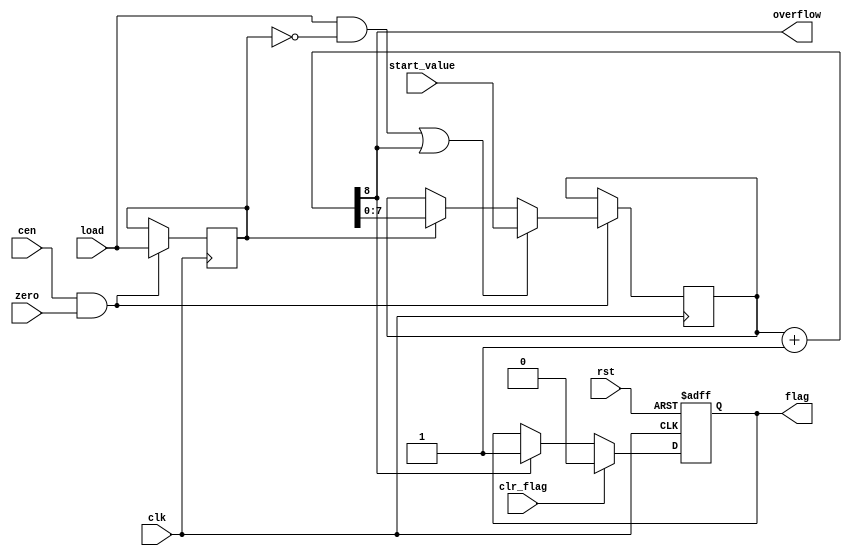
module jt51_timer_1 #(parameter
    CW      = 8, 
    FREE_EN = 0  
) (
    input   rst,
    input   clk,
    input   cen,
    input   zero,
    input   [CW-1:0] start_value,
    input   load,
    input   clr_flag,
    output reg flag,
    output reg overflow
);
reg          last_load;
reg [CW-1:0] cnt, next;
reg [   3:0] free_cnt, free_next;
reg          free_ov;
always@(posedge clk, posedge rst)
    if( rst )
        flag <= 1'b0;
    else  begin
        if( clr_flag )
            flag <= 1'b0;
        else if(overflow) flag<=1'b1;
    end
always @(*) begin
    {free_ov, free_next} = { 1'b0, free_cnt} + 1'b1;
    {overflow, next }    = { 1'b0, cnt }     + (FREE_EN ? free_ov : 1'b1);
end
always @(posedge clk) if(cen && zero) begin : counter
    last_load <= load;
    if( (load && !last_load) || overflow ) begin
      cnt  <= start_value;
    end
    else if( last_load ) cnt <= next;
end
always @(posedge clk) begin
    if( rst ) begin
        free_cnt <= 4'd0;
    end else if( cen&&zero ) begin
        free_cnt <= free_cnt+4'd1;
    end
end
endmodule